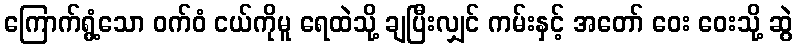
ကြောက်ရွံ့သော ဝက်ဝံ ငယ်ကိုမူ ရေထဲသို့ ချပြီးလျှင် ကမ်းနှင့် အတော် ဝေး ဝေးသို့ ဆွဲ